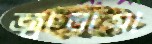
জ্বালায়া